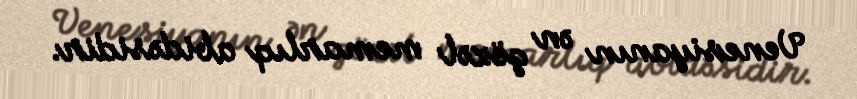
Venesiyanın ən gözəl memarlıq abidəsidir.